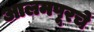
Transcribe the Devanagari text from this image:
आलमपूरचे